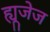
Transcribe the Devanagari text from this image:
ह्यूजेज